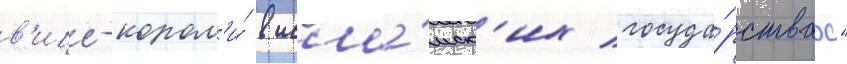
в'ице-корол'и́ в исла́мск'их госуда́рствах"